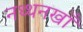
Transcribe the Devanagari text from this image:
नथ्थनखाँ